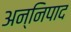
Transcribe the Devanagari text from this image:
अन्निपाद